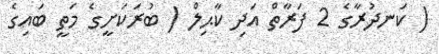
( ކަނދުރާގެ 2 ފަރާތް އަދި ކާޙިލް ( ބުރަކަށީގެ މަތީ ބައިގެ